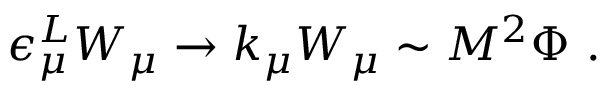
\epsilon _ { \mu } ^ { L } W _ { \mu } \to k _ { \mu } W _ { \mu } \sim M ^ { 2 } \Phi ~ .